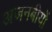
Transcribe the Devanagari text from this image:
अजनबीयों